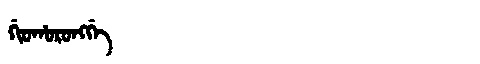
Manchu: ᡤᡳᠣᡥᠣᡵᠣᠩᡤᡝ
Romanization: GIOHORONGGE